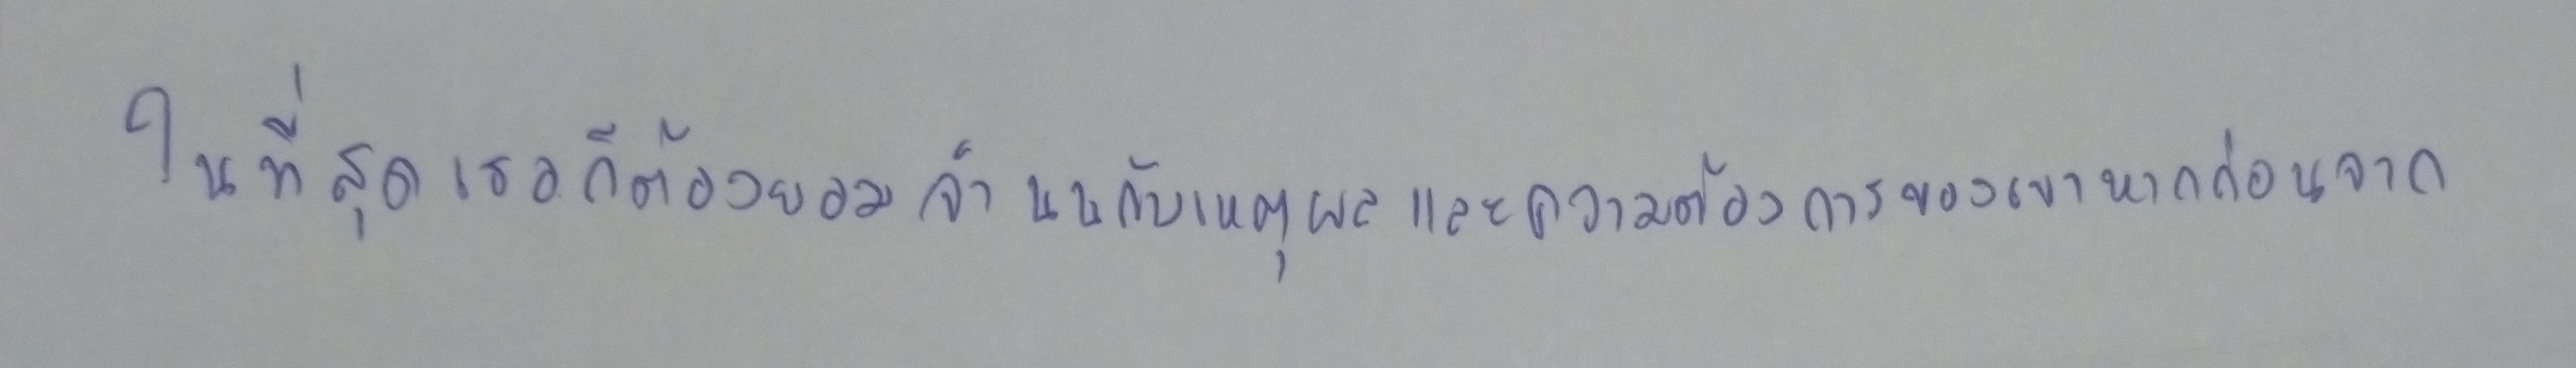
ในที่สุดเธอก็ต้องยอมจำนนกับเหตุผลและความต้องการของเขาหากก่อนจาก